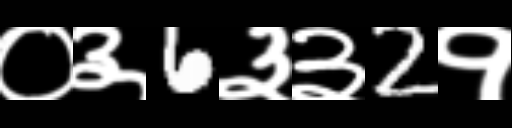
Text: ०३6३३2१